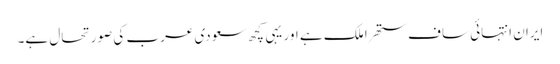
ایران انتہائی ساف ستھرا ملک ہے اور یہی کچھ سعودی عرب کی صورتحال ہے۔